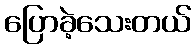
ပြောခဲ့သေးတယ်